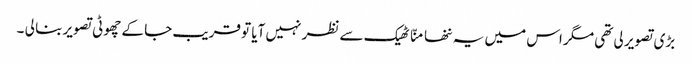
بڑی تصویر لی تھی مگر اس میں یہ ننھا منّا ٹھیک سے نظر نہیں آیا تو قریب جا کے چھوٹی تصویر بنا لی ۔